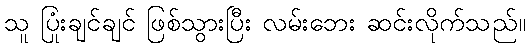
သူ ပြုံးချင်ချင် ဖြစ်သွားပြီး လမ်းဘေး ဆင်းလိုက်သည်။